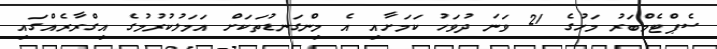
ސެޕްޓެމްބަރު މަހުގެ 21 ވަނަ ދުވަހު ކަމަށާއި އެ މިންގަނޑުތަކަށް އަމަލުކުރުމުގެ އިގްރާރެއްގައި